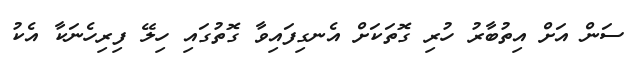
ސަން އަށް އިތުބާރު ހުރި ގޮތަކަށް އެނގިފައިވާ ގޮތުގައި ހިލޭ ފިރިހެނަކާ އެކު